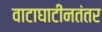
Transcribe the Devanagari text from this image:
वाटाघाटींनतंतर